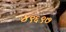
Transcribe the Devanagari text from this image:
४९६९७